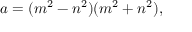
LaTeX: a = ( m ^ { 2 } - n ^ { 2 } ) ( m ^ { 2 } + n ^ { 2 } ) ,